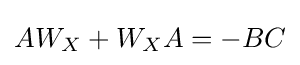
AW_{X}+W_{X}A=-BC